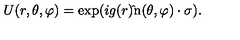
U ( r , \theta , \varphi ) = \exp ( i g ( r ) \mathrm { \boldmath \hat { } n ( \theta , \varphi ) \cdot \sigma } ) .